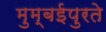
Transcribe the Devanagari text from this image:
मुम्बईपुरते